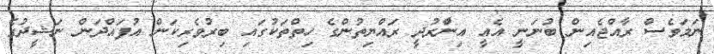
ނަމަވެސް ރާއްޖެއިން ބުނަނީ އެއީ އިންާރުދީ ރައްޔިތުންގެ ހިތްތަކުގައި ބިރުވެރިކަން އުފައްދަން ނަޝީދުގެ